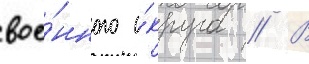
вое́нного о́круга // В